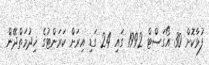
ފުޅާކޮށް 30 އޯގަސްޓް 1992 ގައި 24 ގަޑި އިރަށް ކަރަންޓުގެ ޚިދުމަތްދޭން